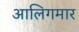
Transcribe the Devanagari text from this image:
आलिगमार